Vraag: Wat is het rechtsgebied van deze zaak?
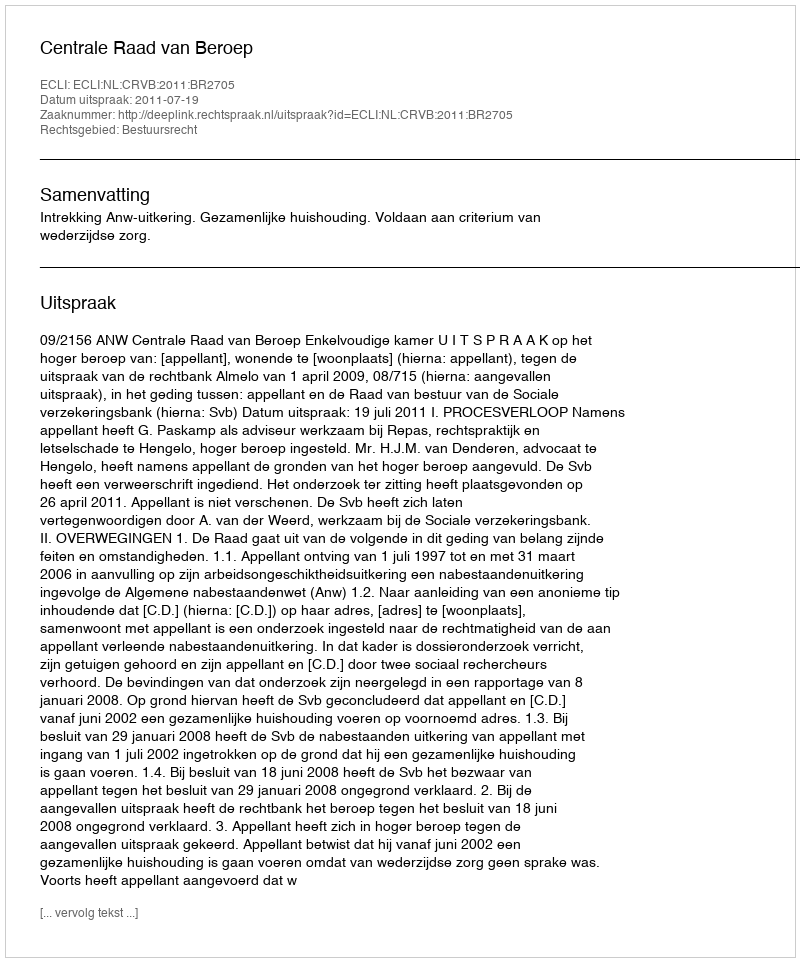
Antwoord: Bestuursrecht